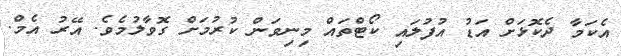
އެކަމާ ދެކޮޅަށް އަޑު އުފުލައި ކޯޓްތައް މިނިވަން ކުރުމަށް ގޮވާލުމެވެ. އޭރު އެމް.